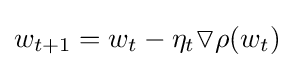
w_{t+1}=w_{t}-\eta _{t}\triangledown \rho (w_{t})